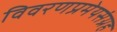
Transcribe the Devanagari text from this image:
विवरणप्रमेयसंग्रह